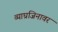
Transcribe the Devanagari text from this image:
व्याघ्रजिनावर